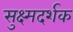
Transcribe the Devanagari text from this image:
सुक्ष्मदर्शक